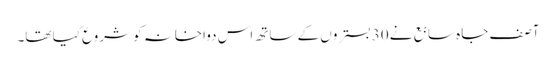
آصف جاہ سابع نے 30 بستروں کے ساتھ اس دواخانہ کو شروع کیا تھا۔